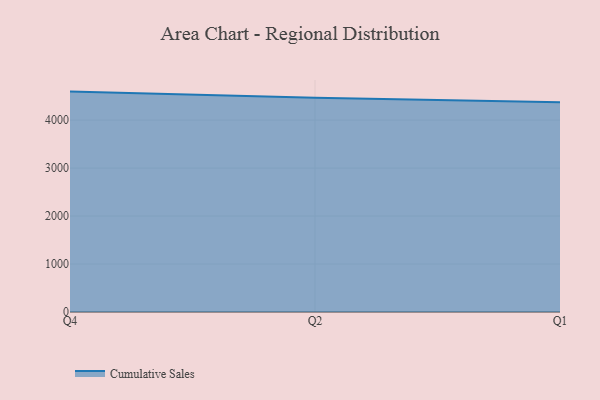
{"axis": {"x": "Quarter", "y": "Production Output"}, "legend": ["Cumulative Sales"], "data": [{"x": "Q4", "y": 4594.5, "type": "Cumulative Sales"}, {"x": "Q2", "y": 4464.6, "type": "Cumulative Sales"}, {"x": "Q1", "y": 4374.0, "type": "Cumulative Sales"}]}